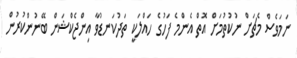
ނަމަވެސް މެޗަށް ނުކުތުމަށް އޮތް އެންމެ ފަހުގެ ހައްލަކީ ތަދުކަނޑުވާ އިންޖެކްޝަން ބޭނުންކުރުން